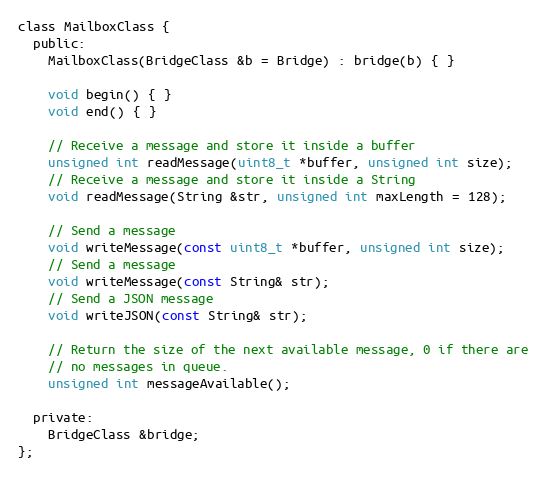
Language: C
class MailboxClass {
  public:
    MailboxClass(BridgeClass &b = Bridge) : bridge(b) { }

    void begin() { }
    void end() { }

    // Receive a message and store it inside a buffer
    unsigned int readMessage(uint8_t *buffer, unsigned int size);
    // Receive a message and store it inside a String
    void readMessage(String &str, unsigned int maxLength = 128);

    // Send a message
    void writeMessage(const uint8_t *buffer, unsigned int size);
    // Send a message
    void writeMessage(const String& str);
    // Send a JSON message
    void writeJSON(const String& str);

    // Return the size of the next available message, 0 if there are
    // no messages in queue.
    unsigned int messageAvailable();

  private:
    BridgeClass &bridge;
};